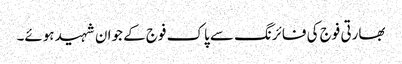
بھارتی فوج کی فائرنگ سے پاک فوج کے جوان شہید ہوئے۔